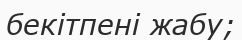
бекітпені жабу;